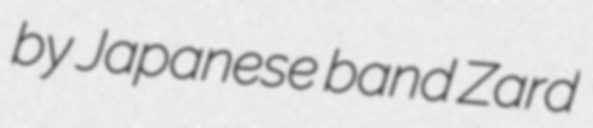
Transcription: by Japanese band Zard